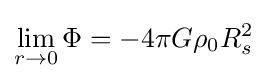
\lim _{r\to 0}\Phi =-4\pi G\rho _{0}R_{s}^{2}